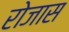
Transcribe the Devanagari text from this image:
रोजास